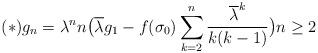
LaTeX: \begin{align*}(*) g_n = \lambda^n n\big(\overline{\lambda} g_1 - f(\sigma_0) \sum_{k=2}^n \frac{\overline{\lambda}^k}{k(k-1)}\big) n\ge 2 \end{align*}